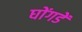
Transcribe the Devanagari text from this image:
घोंगडें